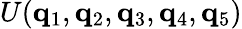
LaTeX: U(\mathbf{q}_{1},\mathbf{q}_{2},\mathbf{q}_{3},\mathbf{q}_{4},\mathbf{q}_{5})